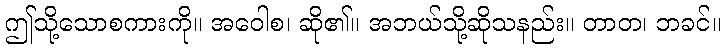
ဤသို့သောစကားကို။ အဝေါစ၊ ဆို၏။ အဘယ်သို့ဆိုသနည်း။ တာတ၊ ဘခင်။